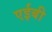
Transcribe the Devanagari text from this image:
एईबी